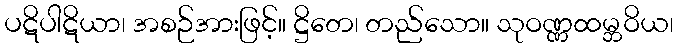
ပဋိပါဋိယာ၊ အစဉ်အားဖြင့်။ ဋ္ဌိတေ၊ တည်သော။ သုဝဏ္ဏထမ္ဘဝိယ၊